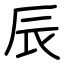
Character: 辰